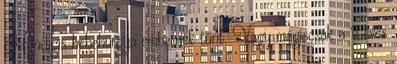
Mindigis hebehurgya embernek tűnt. Vagy mégiscsak a 11 éves